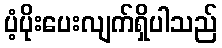
ပံ့ပိုးပေးလျက်ရှိပါသည်